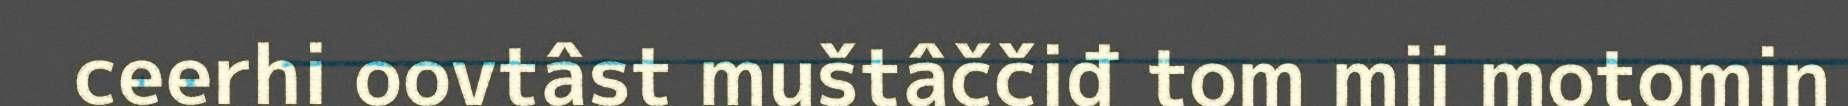
ceerhi oovtâst muštâččiđ tom mii motomin